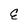
Character: E